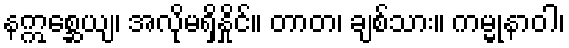
နဣစ္ဆေယျ၊ အလိုမရှိနှိုင်။ တာတ၊ ချစ်သား။ ကမ္မုနာဝါ၊